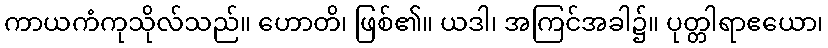
ကာယကံကုသိုလ်သည်။ ဟောတိ၊ ဖြစ်၏။ ယဒါ၊ အကြင်အခါ၌။ ပုတ္တါရာဧယော၊